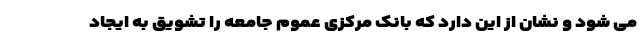
می شود و نشان از این دارد که بانک مرکزی عموم جامعه را تشویق به ایجاد